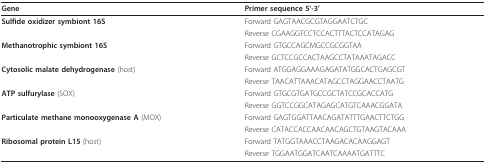
<table><thead><tr><td><b>Gene</b></td><td><b>Primer sequence 5&#x27;-3&#x27;</b></td></tr></thead><tbody><tr><td><b>Sulfide oxidizer symbiont 16S</b></td><td>Forward GAGTAACGCGTAGGAATCTGC</td></tr><tr><td></td><td>Reverse CGAAGGTCCTCCACTTTACTCCATAGAG</td></tr><tr><td><b>Methanotrophic symbiont 16S</b></td><td>Forward GTGCCAGCMGCCGCGGTAA</td></tr><tr><td></td><td>Reverse GCTCCGCCACTAAGCCTATAAATAGACC</td></tr><tr><td><b>Cytosolic malate dehydrogenase </b>(host)</td><td>Forward ATGGAGGAAAGAGATATGGCACTGAGCGT</td></tr><tr><td></td><td>Reverse TAACATTAAACATAGCCTAGGAACCTAATG</td></tr><tr><td><b>ATP sulfurylase </b>(SOX)</td><td>Forward GTGCGTGATGCCGCTATCCGCACCATG</td></tr><tr><td></td><td>Reverse GGTCCGGCATAGAGCATGTCAAACGGATA</td></tr><tr><td><b>Particulate methane monooxygenase A </b>(MOX)</td><td>Forward GAGTGGATTAACAGATATTTGAACTTCTGG</td></tr><tr><td></td><td>Reverse CATACCACCAACAACAGCTGTAAGTACAAA</td></tr><tr><td><b>Ribosomal protein L15 </b>(host)</td><td>Forward TATGGTAAACCTAAGACACAAGGAGT</td></tr><tr><td></td><td>Reverse TGGAATGGATCAATCAAAATGATTTC</td></tr></tbody></table>